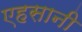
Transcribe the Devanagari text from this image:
एहसानी